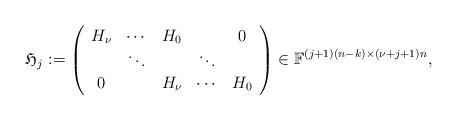
LaTeX: \begin{align*}\mathfrak{H}_j:=\left( \begin{array}{ccccc} H_{\nu} & \cdots & H_0 & & 0\\ & \ddots & & \ddots & \\ 0 & & H_{\nu} & \cdots & H_0 \\ \end{array}\right)\in \mathbb F^{(j+1)(n-k)\times (\nu+j+1)n },\end{align*}